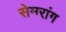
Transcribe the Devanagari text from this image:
सेमरांग